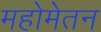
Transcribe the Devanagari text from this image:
महोमेतन